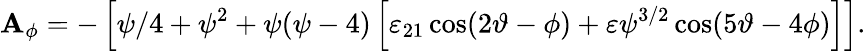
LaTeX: \mathbf{A}_{\phi}=-\left[\psi/4+\psi^{2}+\psi(\psi-4)\left[\varepsilon_{21}\cos(2\vartheta-\phi)+\varepsilon\psi^{3/2}\cos(5\vartheta-4\phi)\right]\right].